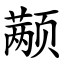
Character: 颟